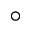
^ \circ